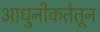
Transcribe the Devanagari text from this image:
आधुनीकतेतून